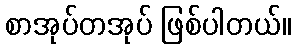
စာအုပ်တအုပ် ဖြစ်ပါတယ်။